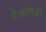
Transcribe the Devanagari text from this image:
है।बागेश्वर